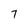
Character: 7